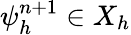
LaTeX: \psi_{h}^{n+1}\in X_{h}